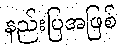
နည်းပြအဖြစ်